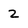
Character: 2